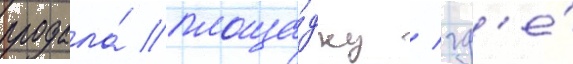
продала́ площа́дку / гд'е́